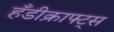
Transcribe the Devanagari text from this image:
हँडीक्राफ्ट्स